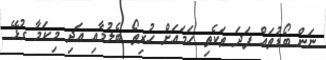
ނަން ބޯޑުތައް ފަދަ ތަކެތި ހަމައަށް ހުރިތޯ ބެލުމާއި އަދި މިކަމާ ގުޅޭ